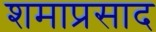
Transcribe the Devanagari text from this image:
शमाप्रसाद